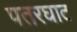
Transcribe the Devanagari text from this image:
पतरघाट